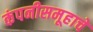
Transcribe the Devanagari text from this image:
कंपनीसमूहाचे